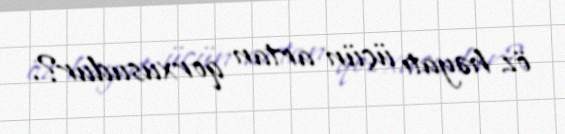
öz həyatı üçün artan qorxusudur?.